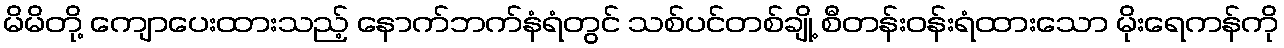
မိမိတို့ ကျောပေးထားသည့် နောက်ဘက်နံရံတွင် သစ်ပင်တစ်ချို့ စီတန်းဝန်းရံထားသော မိုးရေကန်ကို